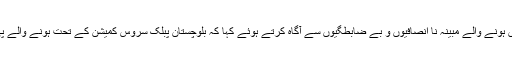
مظارین کا کہنا تھا کہ کہ پی سی ایس 2018 کے امتحانات میں ہونے والے مبینہ نا انصافیوں و بے ضابطگیوں سے آگاہ کرتے ہوئے کہا کہ بلوچستان پبلک سروس کمیشن کے تحت ہونے والے پی سی ایس 2018 کے امتحانات میں ہمارے کافی تحفظات ہیں۔